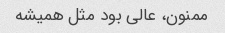
ممنون، عالی بود مثل همیشه